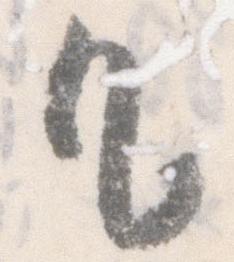
凡